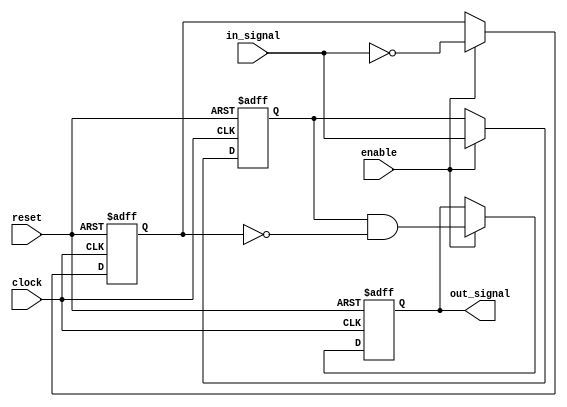
module push_pull_buffer (
    input wire clock,
    input wire reset,
    input wire enable,
    input wire in_signal,
    output reg out_signal
);

reg pull_up;
reg pull_down;

always @(posedge clock or posedge reset)
begin
    if(reset)
    begin
        pull_up <= 1'b0;
        pull_down <= 1'b0;
        out_signal <= 1'b0;
    end
    else if(enable)
    begin
        pull_up <= in_signal;
        pull_down <= ~in_signal;
        out_signal <= pull_up & ~pull_down;
    end
end

endmodule